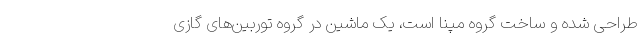
طراحی‌ شده و ساخت گروه مپنا است، یک ماشین در گروه توربین‌های گازی